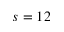
s = 1 2